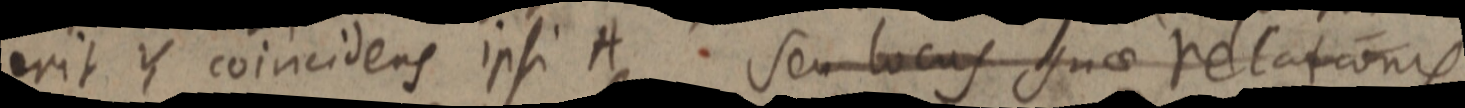
erit Y coincidens ipsi A. Seu locus suae relationis